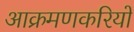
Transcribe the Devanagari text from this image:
आक्रमणकरियों